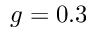
g = 0 . 3